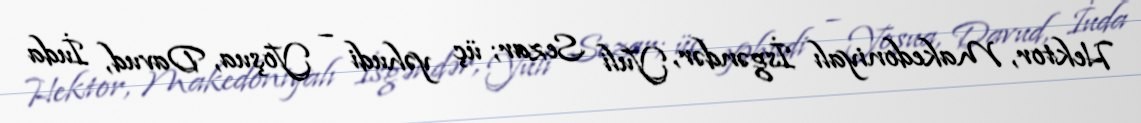
Hektor, Makedoniyalı İsgəndər, Yuli Sezar; üç yəhudi – Yoşua, Davud, İuda